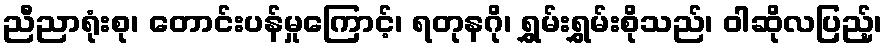
ညီညာရုံးစု၊ တောင်းပန်မှုကြောင့်၊ ရတုနဂို၊ ရွှမ်းရွှမ်းစိုသည်၊ ဝါဆိုလပြည့်၊